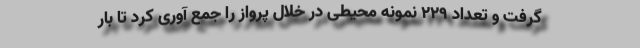
گرفت و تعداد 229 نمونه محیطی در خلال پرواز را جمع آوری کرد تا بار